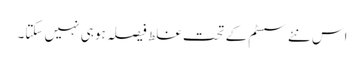
اس نئے سسٹم کے تحت غلط فیصلہ ہو ہی نہیں سکتا۔